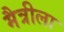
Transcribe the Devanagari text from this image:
मैत्रीला